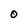
Character: 0